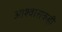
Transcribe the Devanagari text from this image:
आश्वासकही